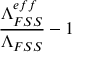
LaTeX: \frac { \Lambda _ { F S S } ^ { e f f } } { \Lambda _ { F S S } } - 1